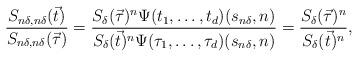
LaTeX: \begin{align*}\frac{S_{n\delta,n\delta}(\vec{t})}{S_{n\delta,n\delta}(\vec{\tau})}=\frac{S_{\delta}(\vec{\tau})^{n}\Psi(t_{1},\dots,t_{d})(s_{n\delta},n)}{S_{\delta}(\vec{t})^{n}\Psi(\tau_{1},\dots,\tau_{d})(s_{n\delta},n)}=\frac{S_{\delta}(\vec{\tau})^{n}}{S_{\delta}(\vec{t})^{n}},\end{align*}